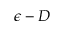
\epsilon - D